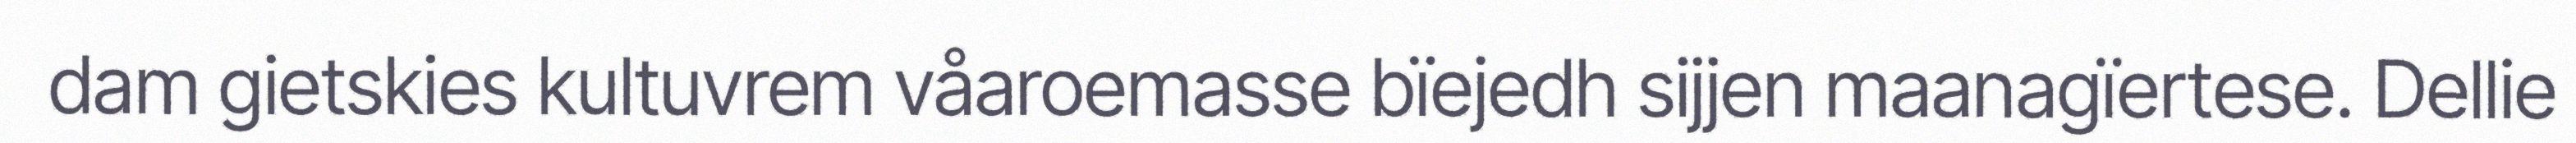
dam gietskies kultuvrem våaroemasse bïejedh sijjen maanagïertese. Dellie